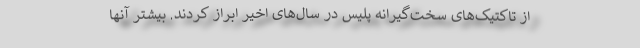
از تاکتیک‌های سخت‌گیرانه پلیس در سال‌های اخیر ابراز کردند. بیشتر آنها